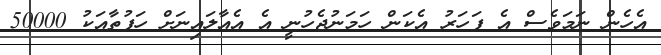
އެހެން ނަމަވެސް އެ ފަހަރު އެކަން ހަމަނުޖެހުނީ އެ އެއާލައިނަށް ހަފުތާއަކު 50000